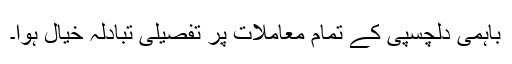
باہمی دلچسپی کے تمام معاملات پر تفصیلی تبادلہ خیال ہوا۔